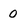
Character: 0